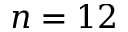
n = 1 2